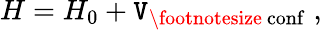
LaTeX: H=H_{0}+\mathtt{V}_{\mathrm{{\footnotesize~conf}}}\; ,